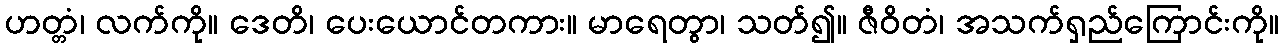
ဟတ္တံ၊ လက်ကို။ ဒေတိ၊ ပေးယောင်တကား။ မာရေတွာ၊ သတ်၍။ ဇီဝိတံ၊ အသက်ရှည်ကြောင်းကို။